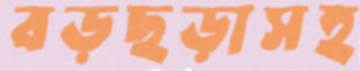
বড়ছড়াসহ